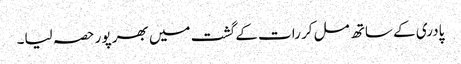
پادری کے ساتھ مل کر رات کے گشت میں بھر پور حصہ لیا۔